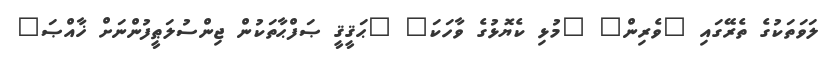
ލަވަތަކުގެ ތެރޭގައި "ވެރިން" "މުޅި ކެޔޮޅުގެ ވާހަކަ" "ޙަޤީޤީ ޞަފްޙާތަކުން ޖިންސުލަޠީފުންނަށް ޚާއްޞަ"